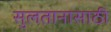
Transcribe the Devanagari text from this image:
सुलतानासाठी